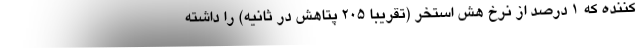
کننده که 1 درصد از نرخ هش استخر (تقریبا 205 پتاهش در ثانیه) را داشته